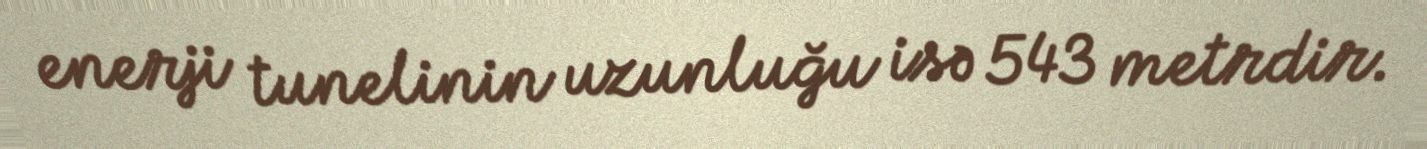
enerji tunelinin uzunluğu isə 543 metrdir.